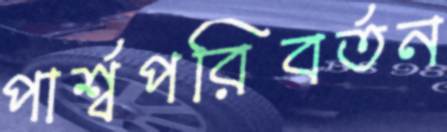
পার্শ্বপরিবর্তন